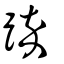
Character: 踤